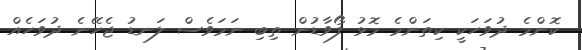
ކޮންމެ ދުވަހަކީ ކިތަންމެ މޮޅު ފޯވާޑުން ތިބި ނަމަވެސް ލަނޑު ޖެހޭނެ ދުވަހެއް